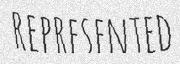
REPRESENTED